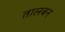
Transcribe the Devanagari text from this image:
तालबन